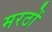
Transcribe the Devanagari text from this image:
मरठों